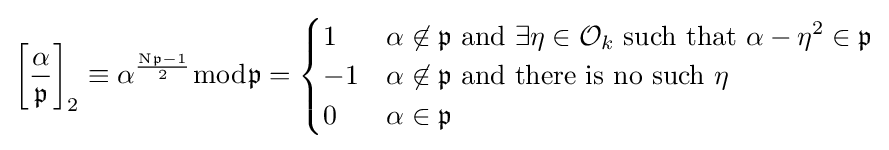
\left[{\frac {\alpha }{\mathfrak {p}}}\right]_{2}\equiv \alpha ^{\frac {\mathrm {N} {\mathfrak {p}}-1}{2}}{\bmod {\mathfrak {p}}}={\begin{cases}1&\alpha \not \in {\mathfrak {p}}{\text{ and }}\exists \eta \in {\mathcal {O}}_{k}{\text{ such that }}\alpha -\eta ^{2}\in {\mathfrak {p}}\\-1&\alpha \not \in {\mathfrak {p}}{\text{ and there is no such }}\eta \\0&\alpha \in {\mathfrak {p}}\end{cases}}